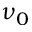
\nu _ { 0 }